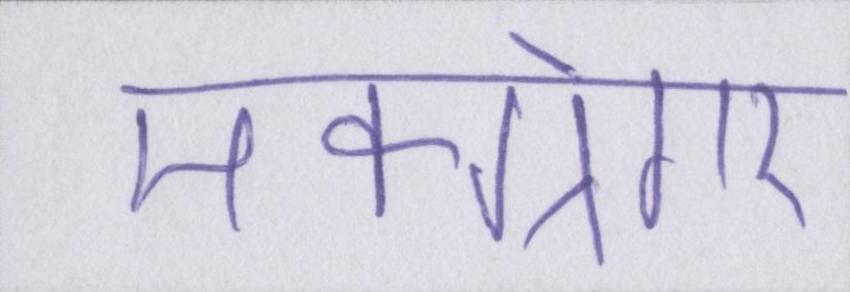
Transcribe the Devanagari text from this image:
मैक्ग्रेगर